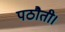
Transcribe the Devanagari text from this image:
पठौती।